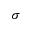
\sigma